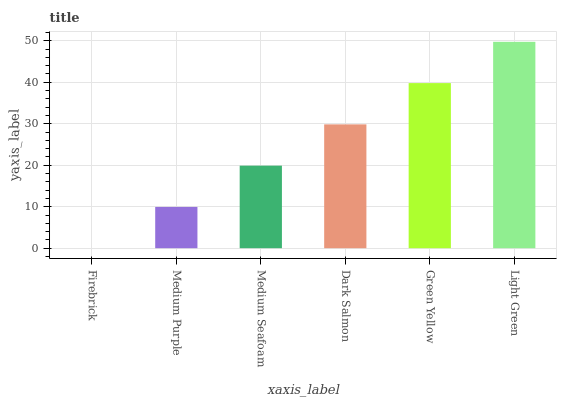
| xaxis_label | bars |
 | --- | --- |
 | Firebrick | 0 |
 | Medium Purple | 9.95 |
 | Medium Seafoam | 19.9 |
 | Dark Salmon | 29.9 |
 | Green Yellow | 39.8 |
 | Light Green | 49.8 |